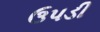
ઉપડી